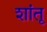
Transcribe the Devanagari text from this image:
शांतू